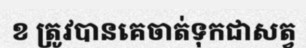
ខ ត្រូវបានគេចាត់ទុកជាសត្វ